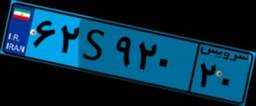
۹۹S۵۱۶۶۷